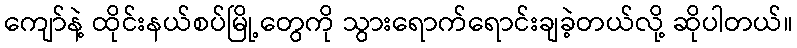
ကျော်နဲ့ ထိုင်းနယ်စပ်မြို့တွေကို သွားရောက်ရောင်းချခဲ့တယ်လို့ ဆိုပါတယ်။